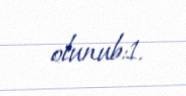
olunub:1.